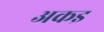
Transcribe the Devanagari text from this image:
अकइ